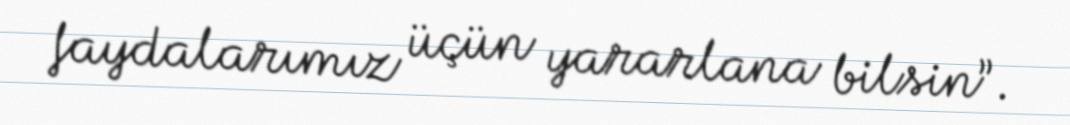
faydalarımız üçün yararlana bilsin”.